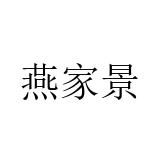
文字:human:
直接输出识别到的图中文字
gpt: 燕家景